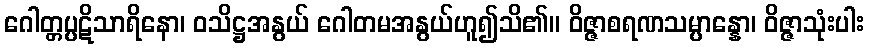
ဂေါတ္တပ္ပဋိသာရိနော၊ ဝသိဋ္ဌအနွယ် ဂေါတမအနွယ်ဟူ၍သိ၏။ ဝိဇ္ဇာစရဏသမ္ပာန္နော၊ ဝိဇ္ဇာသုံးပါး